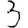
Digit: 3